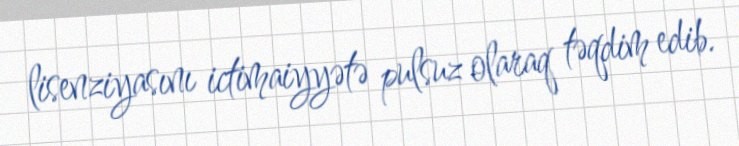
lisenziyasını ictimaiyyətə pulsuz olaraq təqdim edib.